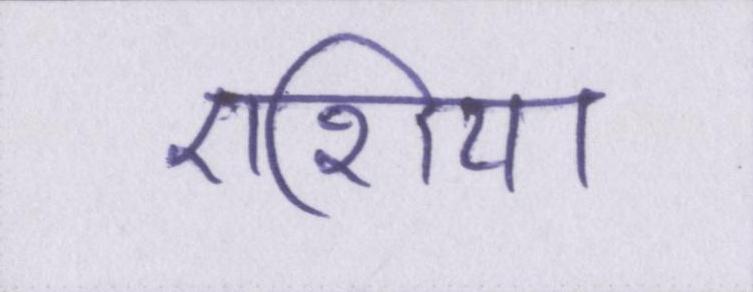
एशिया